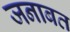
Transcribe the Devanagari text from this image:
जनाबत